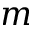
m